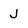
Character: J